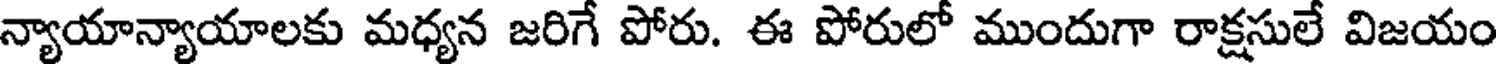
న్యాయాన్యాయాలకు మధ్యన జరిగే పోరు. ఈ పోరులో ముందుగా రాక్షసులే విజయం